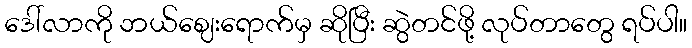
ဒေါ်လာကို ဘယ်ဈေးရောက်မှ ဆိုပြီး ဆွဲတင်ဖို့ လုပ်တာတွေ ရပ်ပါ။